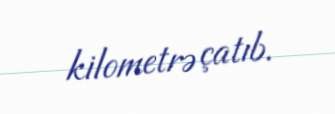
kilometrə çatıb.